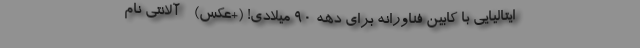
ایتالیایی با کابین فناورانه برای دهه 90 میلادی! (+عکس) - آلانتِی نام